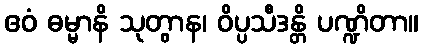
ဧဝံ ဓမ္မာနိ သုတွာန၊ ဝိပ္ပသီဒန္တိ ပဏ္ဍိတာ။